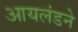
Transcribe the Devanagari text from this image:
आयलंडने